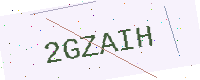
Text: 2GZAIH